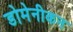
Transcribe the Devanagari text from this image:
डोमेनीकन